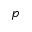
p